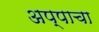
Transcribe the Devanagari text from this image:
अप्पाचा